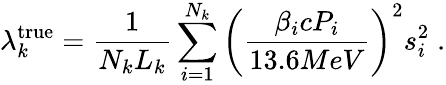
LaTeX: \lambda_{k}^{\mathrm{true}}=\frac{1}{N_{k}L_{k}}\sum_{i=1}^{N_{k}}{\left(\frac{\beta_{i}cP_{i}}{13.6MeV}\right)^{2}s_{i}^{2}}\; .